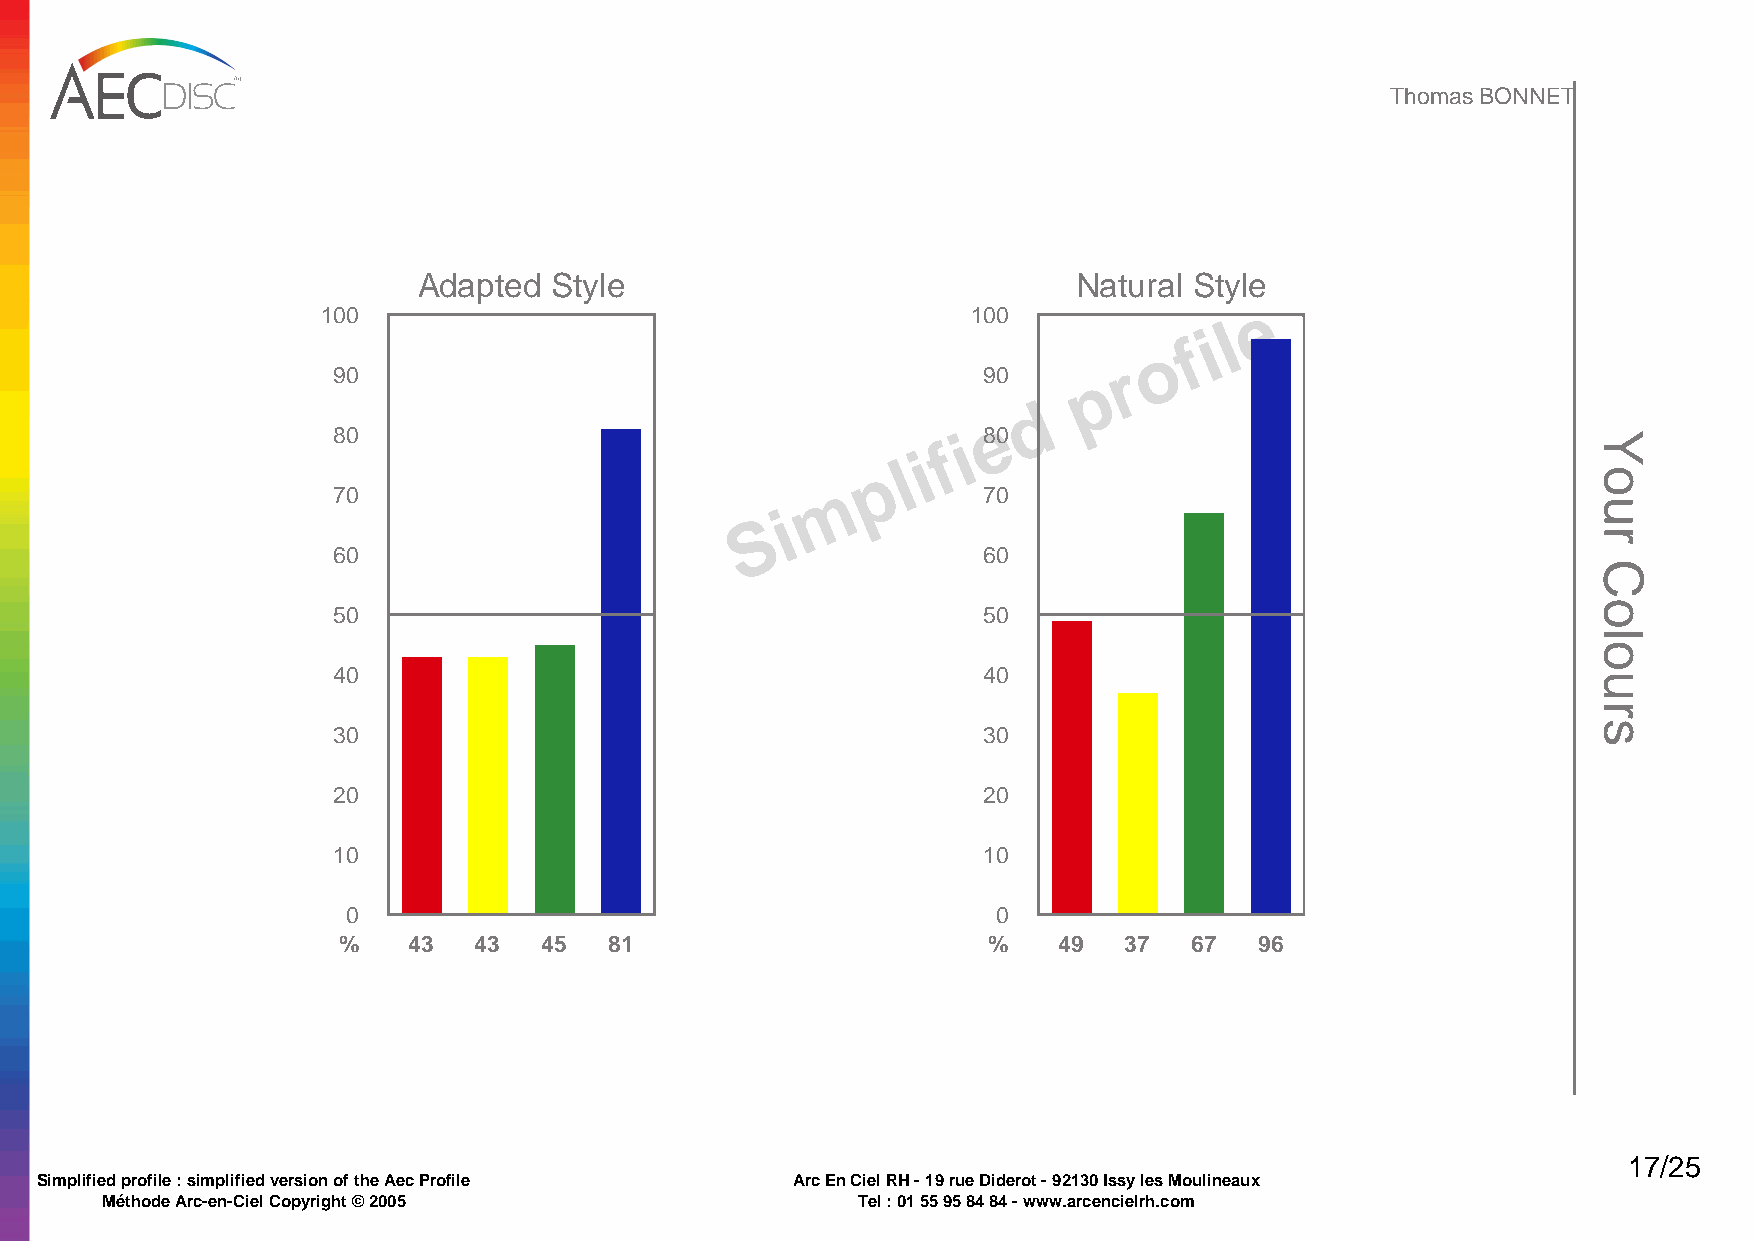
Thomas BONNET
 Adapted Style                              Natural Style
 e
 100                                        100
 l
 i
 f
 o
 r
 90                                         90     p
 d
 e
 80                                       i 80 f
 i
 l
 p
 m
 70                                         70
 i
 S
 60                                         60
 50                                         50
 40                                         40
 30                                         30
 20                                         20
 10                                         10
 0                                          0
 %    43  43   45  81                       %    49  37   67  96
 17/25
 Simplified profile : simplified version of the Aec Profile Arc En Ciel RH - 19 rue Diderot - 92130 Issy les Moulineaux
 Méthode Arc-en-Ciel Copyright © 2005              Tel : 01 55 95 84 84 - www.arcencielrh.com
 Your
 Colours